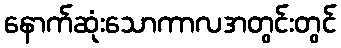
နောက်ဆုံးသောကာလအတွင်းတွင်